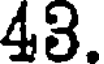
43.